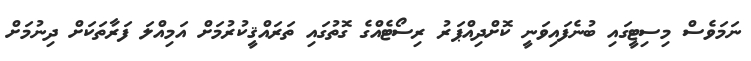
ނަމަވެސް މިސިޓީގައި ބުނެފައިވަނީ ކޮށްދިއްޕަރު ރިސޯޓެއްގެ ގޮތުގައި ތަރައްޤީކުރުމަށް އަމިއްލަ ފަރާތަކަށް ދިނުމަށް